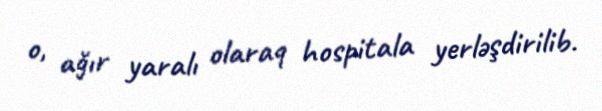
o, ağır yaralı olaraq hospitala yerləşdirilib.